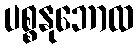
ပစ္စနုဘောထ